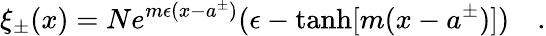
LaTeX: \xi_{\pm}(x)=Ne^{m\epsilon(x-a^{\pm})}(\epsilon-\operatorname{tanh}[m(x-a^{\pm})])\quad.